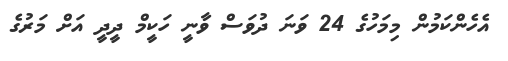
އެހެންކަމުން މިމަހުގެ 24 ވަނަ ދުވަސް ވާނީ ހަކީމް ދީދީ އަށް މަރުގެ